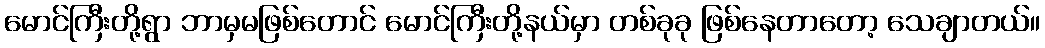
မောင်ကြီးတို့ရွာ ဘာမှမဖြစ်တောင် မောင်ကြီးတို့နယ်မှာ တစ်ခုခု ဖြစ်နေတာတော့ သေချာတယ်။